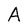
Character: A